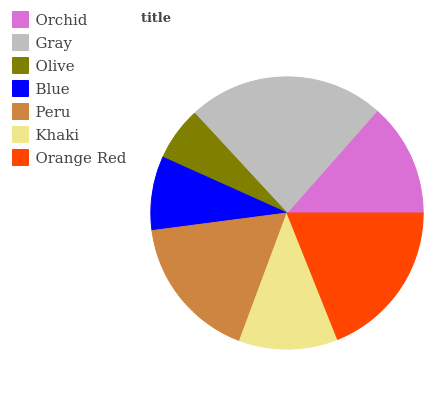
| Orchid | Gray | Olive | Blue | Peru | Khaki | Orange Red |
 | --- | --- | --- | --- | --- | --- | --- |
 | 13.5% | 23.4% | 6.39% | 8.78% | 17.3% | 11.7% | 18.9% |